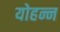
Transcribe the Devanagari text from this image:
योहन्न